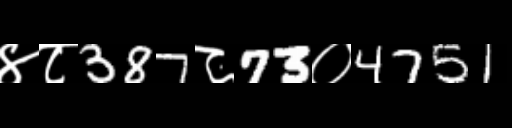
Text: ४८387८73०4751